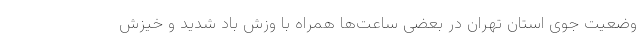
وضعیت جوی استان تهران در بعضی ساعت‌ها همراه با وزش باد شدید و خیزش